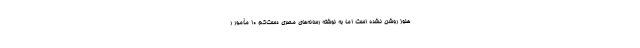
هنوز روشن نشده است اما به نوشتهٔ رسانه‌های مصری دست‌کم ۱۰ مأمور ر